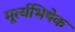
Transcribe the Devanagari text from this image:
मूर्त्यभिषेक